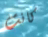
كانت